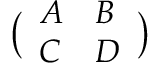
\big ( \begin{array} { l l } { A } & { B } \\ { C } & { D } \end{array} \big )